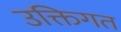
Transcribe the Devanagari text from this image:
उक्तिगत